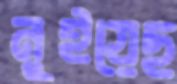
নুইয়েছ